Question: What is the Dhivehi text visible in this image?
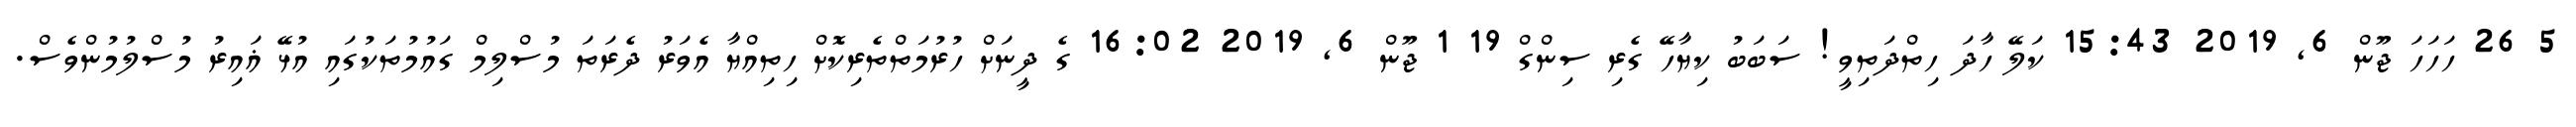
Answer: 5 26 ހަހަހަ ޖޫން 6, 2019 15:43 ކަލޭ ހާދަ ހިތްދަތިވީ! ސަބަބު ކިޔާހޭ ގެރި ސިންގް 19 1 ޖޫން 6, 2019 16:02 ގެ ދީނަށް ހުރުމަތްތެރިކޮށް ހިތިއްޔާ އެވަރު ދެރަތަ މުސްލިމް ގައުމުތަކުގައި އުޅޭ ޣައިރު މުސްލުމުންވެސް.